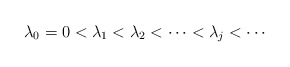
\begin{align*} \lambda_0 = 0 < \lambda_1 < \lambda_2 < \cdots < \lambda_j < \cdots \end{align*}